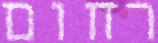
רחום